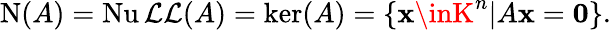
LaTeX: \operatorname{N}(A)=\operatorname{Nu\mathcal{L}\mathcal{L}}(A)=\ker(A)=\left\{ \mathbf{{x}}\inK^{n}|A\mathbf{{x}}=\mathbf{{0}}\right\} .